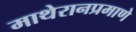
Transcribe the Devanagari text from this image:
माथेरानप्रमाणे